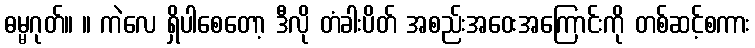
ဓမ္မဂုတ်။ ။ ကဲလေ ရှိပါစေတော့ ဒီလို တံခါးပိတ် အစည်းအဝေးအကြောင်းကို တစ်ဆင့်စကား